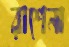
রাশেনা